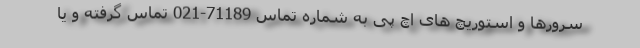
سرورها و استوریچ های اچ پی به شماره تماس 71189-021 تماس گرفته و یا